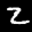
Label: 2